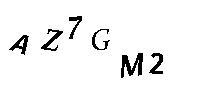
AZ7GM2